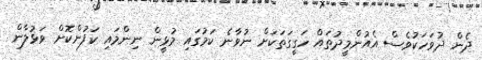
ދެން ދުވަހަކުވެސް އެއުންމީދުތައް ހަގީގަތަކަށް ނުވާނެ ކަމުގައި މުޅީން ނިންމައި ކަފުންކޮށް ވަޅުލާން